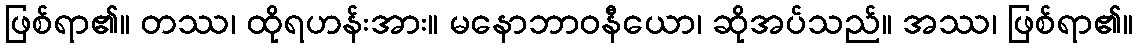
ဖြစ်ရာ၏။ တဿ၊ ထိုရဟန်းအား။ မနောဘာဝနီယော၊ ဆိုအပ်သည်။ အဿ၊ ဖြစ်ရာ၏။